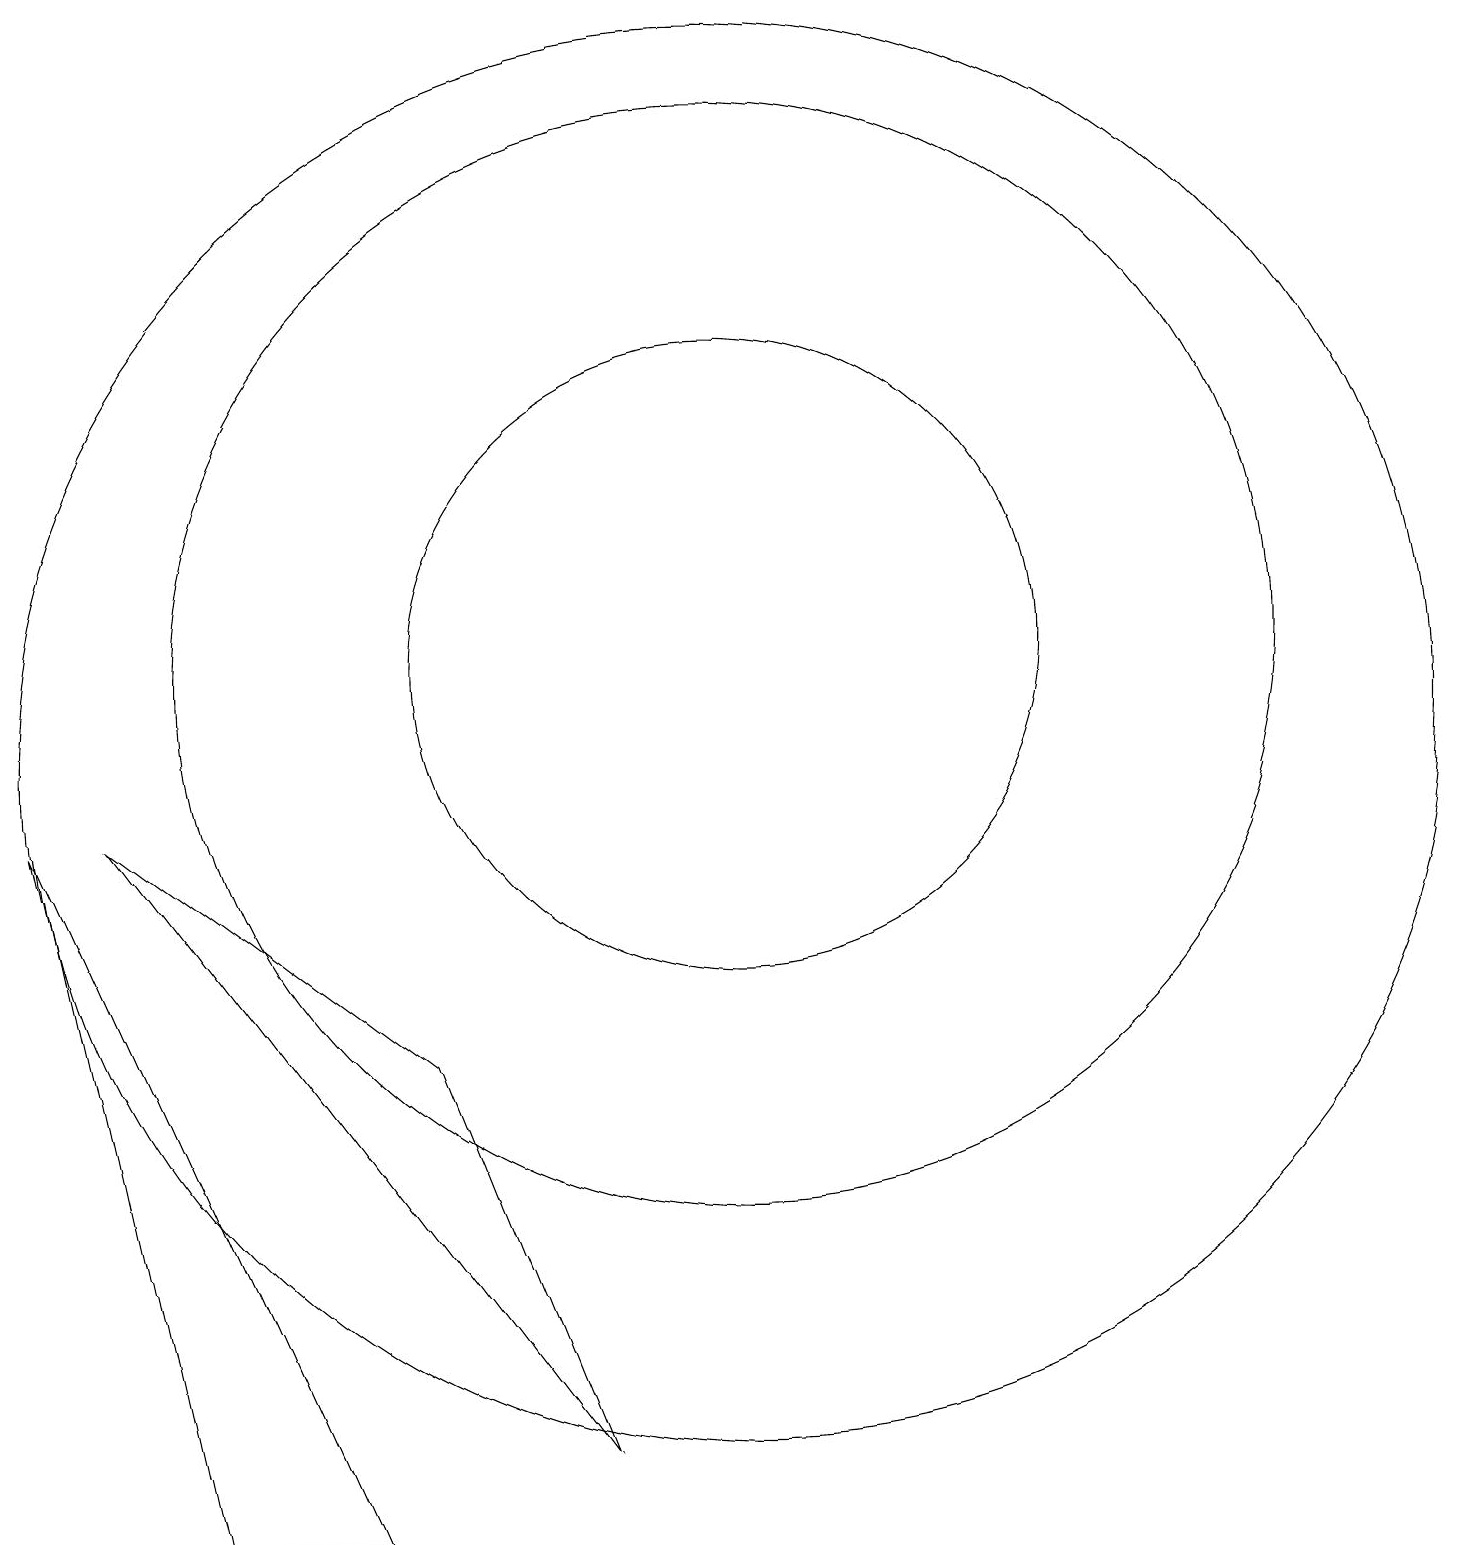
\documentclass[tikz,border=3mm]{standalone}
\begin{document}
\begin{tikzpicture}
\draw (11,10) circle (9);
\draw (11,11) circle (7);
\draw (3,9) -- (9,1) -- (7,6) -- cycle;
\draw (4,0) -- (2,9) -- (6,0) -- cycle;
\draw (11,11) circle (4);
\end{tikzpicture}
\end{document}